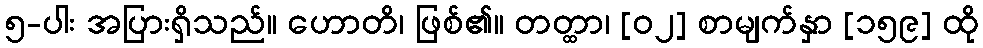
၅-ပါး အပြားရှိသည်။ ဟောတိ၊ ဖြစ်၏။ တတ္ထာ၊ [၀၂] စာမျက်နှာ [၁၅၉] ထို